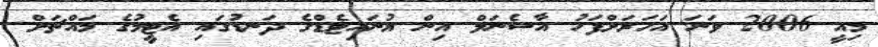
މިއީ 2006 ވަނަ އަހަރަށްފަހު އާސެނަލް އިން ޔުނައިޓެޑްގެ ދަނޑުގައި އެޓީމުގެ މައްޗަށް